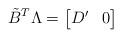
LaTeX: \begin{align*} \tilde{B}^T\Lambda =\left[\begin{matrix}D'&0\end{matrix}\right]\end{align*}